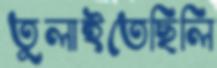
তুলাইতেছিলি